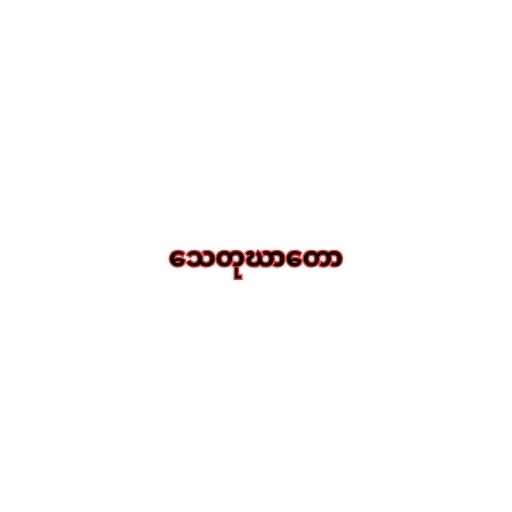
သေတုဃာတော